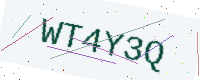
Text: WT4Y3Q